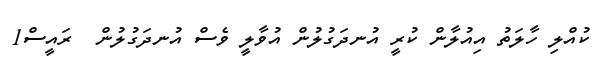
ކުއްލި ހާލަތު އިއުލާން ކުރީ އުނދަގުލުން އުވާލީ ވެސް އުނދަގުލުން  ރައީސް1